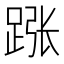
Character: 𬦵